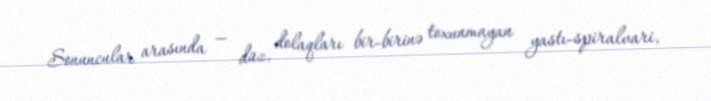
Sonuncular arasında — düz, dolaqları bir-birinə toxunmayan yastı-spiralvari,